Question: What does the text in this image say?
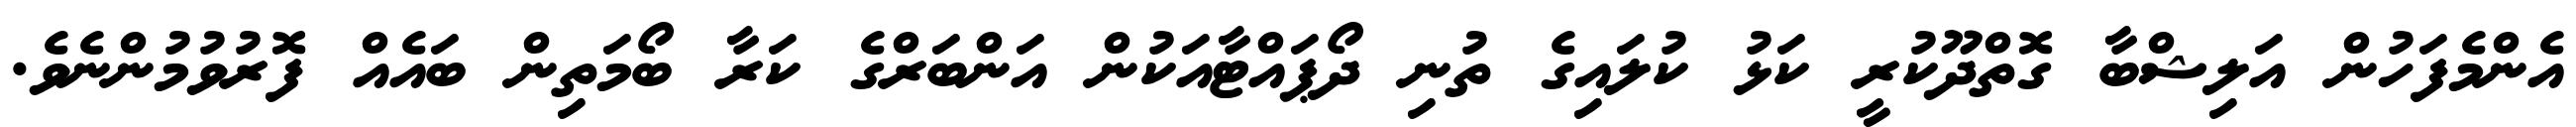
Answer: އެންމެފަހުން އަލިޝްބާ ގޮތްދޫކުރީ ކަޅު ކުލައިގެ ތުނި ދޯޕައްޓާއަކުން އަންބަރްގެ ކަރާ ބޯމަތިން ބައެއް ފޮރުވުމުންނެވެ.